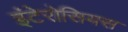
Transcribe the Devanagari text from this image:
इंटेरोसियस